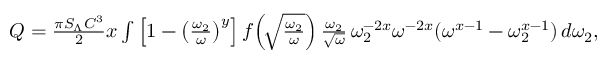
\begin{array} { r } { Q = \frac { \pi S _ { \Lambda } C ^ { 3 } } { 2 } x \int \left[ 1 - \left( \frac { \omega _ { 2 } } { \omega } \right) ^ { y } \right] f \! \left( \! \sqrt { \frac { \omega _ { 2 } } { \omega } } \right) \frac { \omega _ { 2 } } { \sqrt { \omega } } \, \omega _ { 2 } ^ { - 2 x } \omega ^ { - 2 x } ( \omega ^ { x - 1 } - \omega _ { 2 } ^ { x - 1 } ) \, d \omega _ { 2 } , } \end{array}